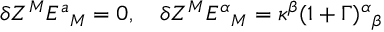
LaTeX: \delta Z ^ { M } E ^ { a } { } _ { M } = 0 , ~ ~ ~ \delta Z ^ { M } E ^ { \alpha } { } _ { M } = \kappa ^ { \beta } ( 1 + \Gamma ) ^ { \alpha } { } _ { \beta }